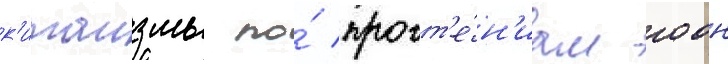
к'итаизмы по́ прочт'е́н'иам гоон